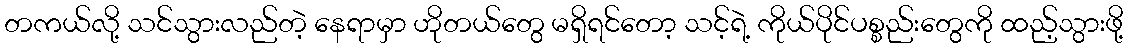
တကယ်လို့ သင်သွားလည်တဲ့ နေရာမှာ ဟိုတယ်တွေ မရှိရင်တော့ သင့်ရဲ့ ကိုယ်ပိုင်ပစ္စည်းတွေကို ထည့်သွားဖို့